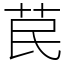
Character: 苠